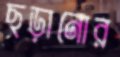
ছড়ানোর